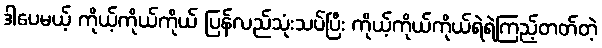
ဒါပေမယ့် ကိုယ့်ကိုယ်ကိုယ် ပြန်လည်သုံးသပ်ပြီး ကိုယ့်ကိုယ်ကိုယ်ရဲရဲကြည့်တတ်တဲ့